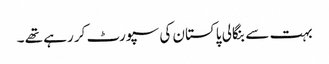
بہت سے بنگالی پاکستان کی سپورٹ کر رہے تھے ۔